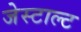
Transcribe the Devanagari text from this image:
जेस्टाल्ट